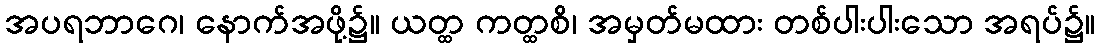
အပရဘာဂေ၊ နောက်အဖို့၌။ ယတ္ထ ကတ္ထစိ၊ အမှတ်မထား တစ်ပါးပါးသော အရပ်၌။